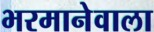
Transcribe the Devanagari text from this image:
भरमानेवाला